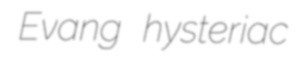
Evang hysteriac